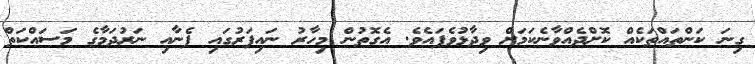
ގިނަ ކަންތައްތަކެއް ކޮށްދެއްވާނެކަމަށް ވިދާޅުވެފައެވެ. އެގޮތުން މިހާރު ނައިފަރުގައި ފެނާއި ނަރުދަމާގެ މަސައްކަތް